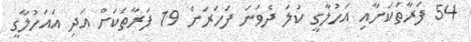
54 ފަރާތަކަށާއި އަހުލާގީ ކުލަ ދެވަނަ ފަހަރަށް 19 ފަރާތަކަށް އަދި އައަހުލާގީ